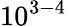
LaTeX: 10^{3-4}